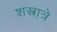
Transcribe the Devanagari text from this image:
शस्त्रात्रे